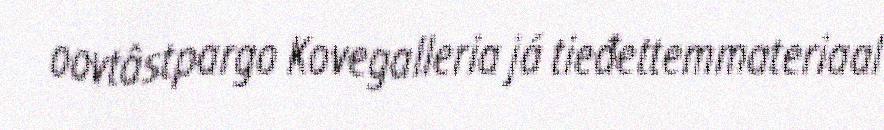
oovtâstpargo Kovegalleria já tieđettemmateriaal